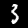
Digit: 3